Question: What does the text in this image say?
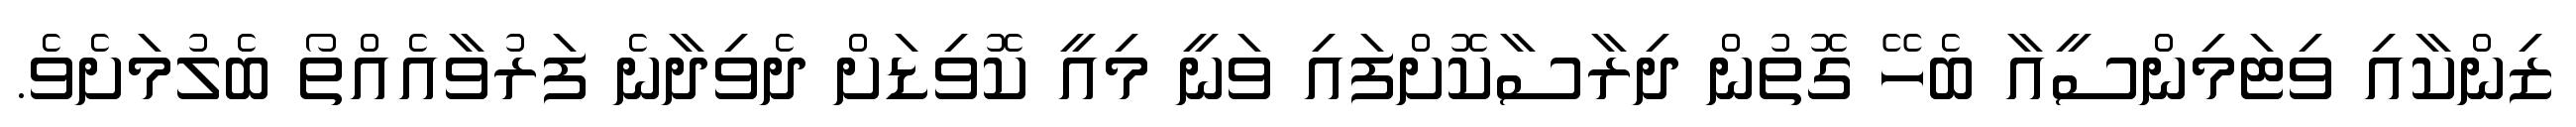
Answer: ޒިންކާއި ވިޓަމިންސީއާ ބެހޭ ގޮތުން ދިރާސާކޮށްފައި ވަނީ މިއީ ކޮވިޑަށް ދެވިދާނެ ފަރުވާއެއްތޯ ބެލުމަށެވެ.